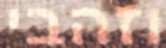
וזהבי